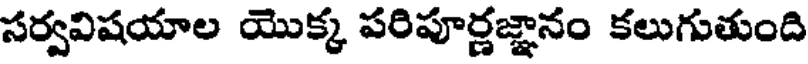
సర్వవిషయాల యొక్క పరిపూర్ణజ్ఞానం కలుగుతుంది